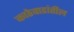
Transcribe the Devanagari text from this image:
काठेवाडांतील